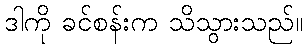
ဒါကို ခင်စန်းက သိသွားသည်။